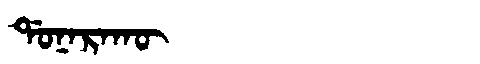
Manchu: ᡩᠣᠨᠠᡵᠠᡴᡡ
Romanization: DONARAKŪ